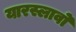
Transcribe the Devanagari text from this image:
यारस्लावो